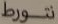
نتورط